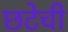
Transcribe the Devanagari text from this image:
छटेची